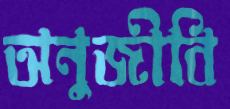
অনুজীবি